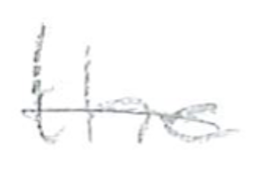
Text: the
Cross-out: single-line
Writing tool: pencil